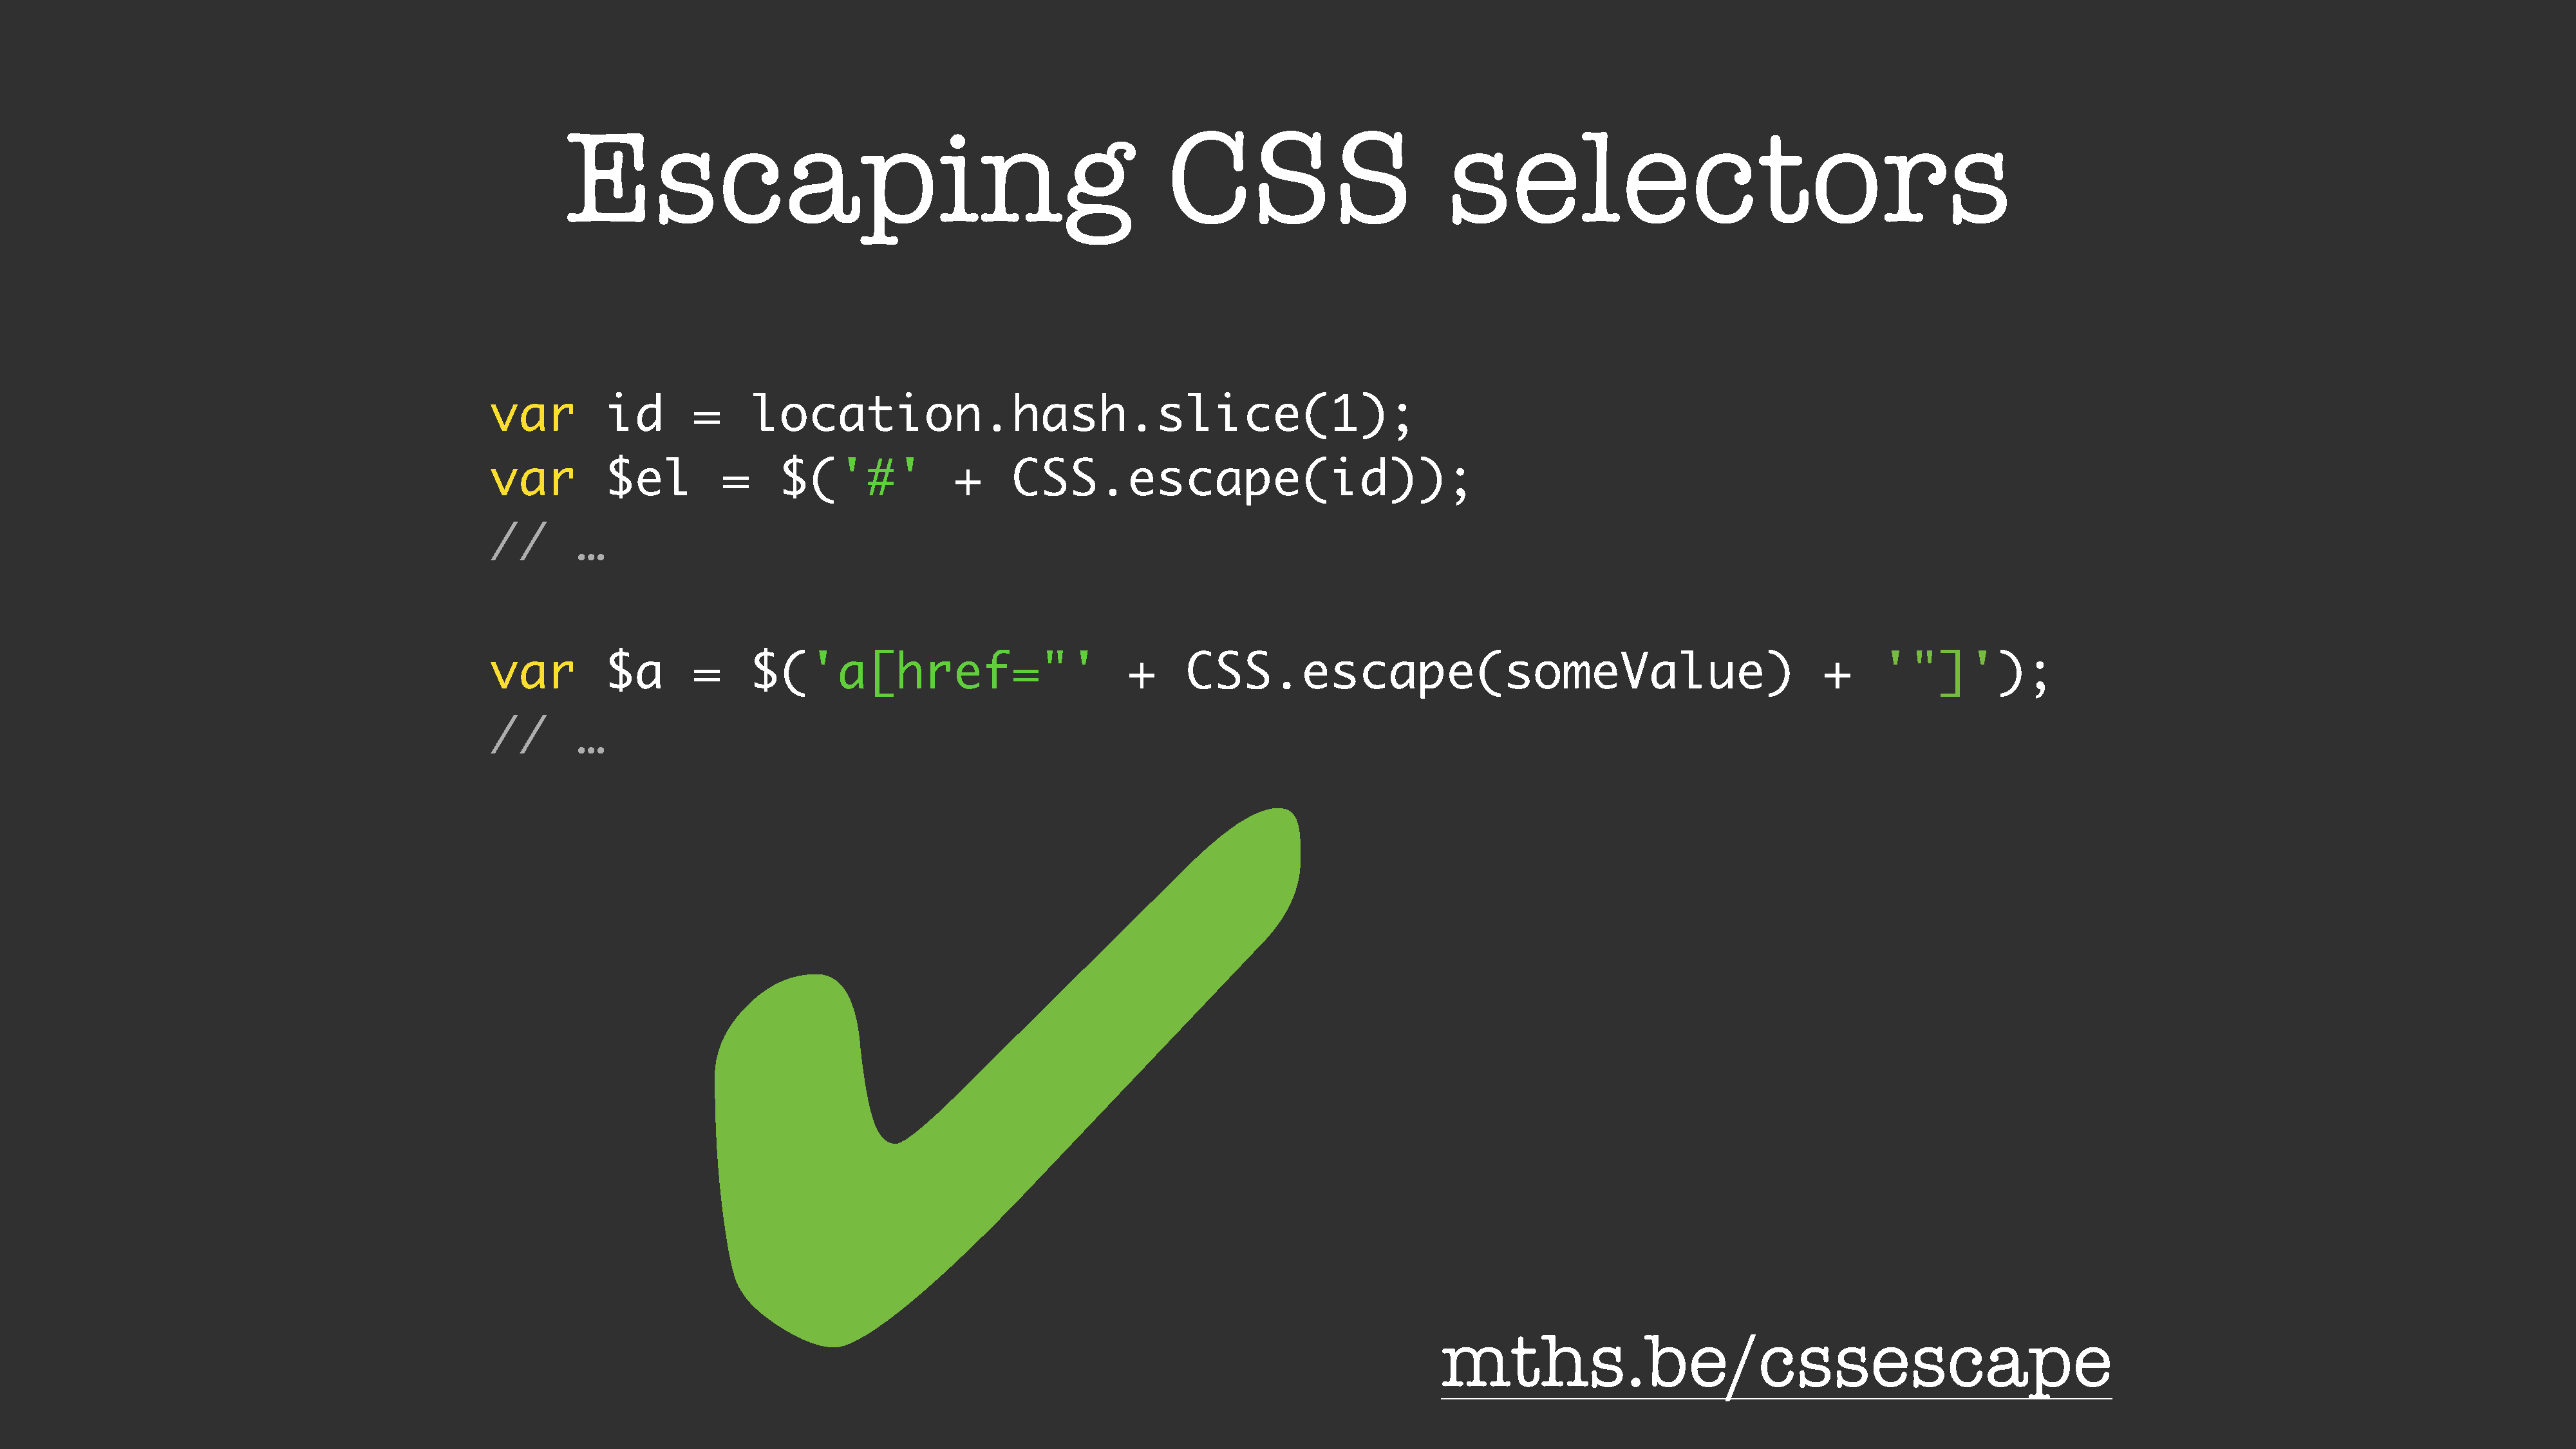
Escaping                                                      CSS                          selectors
 var         id       =     location.hash.slice(1);
 var         $el         =     $('#'             +     CSS.escape(id));
 //       …
 var         $a       =     $('a[href="'                           +     CSS.escape(someValue)                                            +     '"]');
 //       …           ✔
 mths.be/cssescape